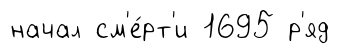
начал см'е́рт'и 1695 р'яд